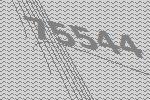
75544